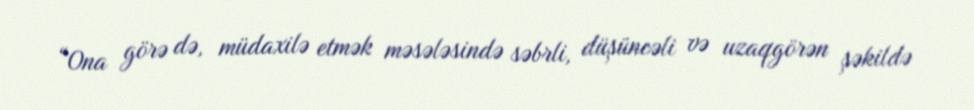
“Ona görə də, müdaxilə etmək məsələsində səbrli, düşüncəli və uzaqgörən şəkildə